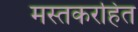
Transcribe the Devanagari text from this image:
मस्तकरहित